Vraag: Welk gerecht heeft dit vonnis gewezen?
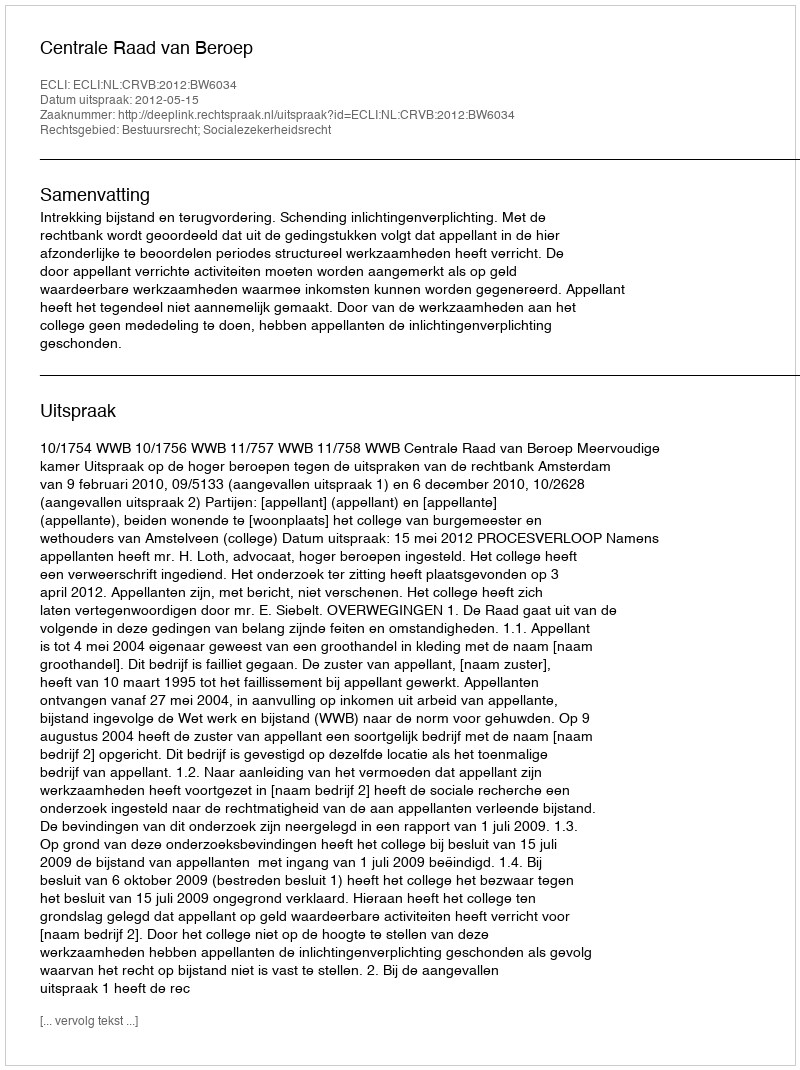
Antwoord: Centrale Raad van Beroep